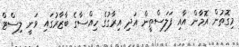
މިގޮތުން އޮމާން އާއި ފަލަސްތީން އަދި އިރާގުގެ ހިއްސާގެ ބާޒާރުގައި ވަނީ ލިސްޓް